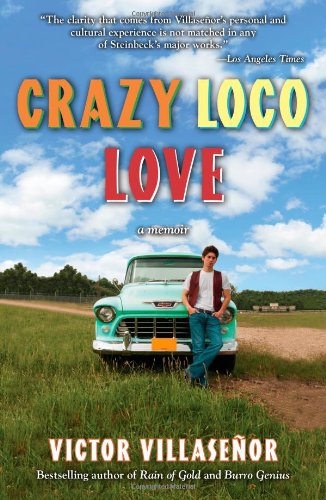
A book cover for Crazy Loco Love: A Memoir; Victor Villasenor; Biographies & Memoirs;